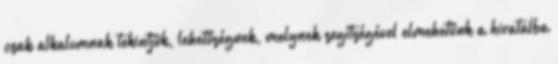
csak alkalomnak tekintjük, lehetőségnek, melynek segítségével elmehetünk a hivatalba